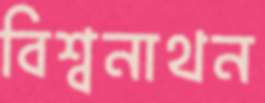
বিশ্বনাথন